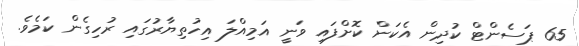
65 ޕަސެންޓް ކުދިން އެކަން ކޮށްފައި ވަނީ އަމިއްލަ އިހުތިޔާރުގައި ރުހިގެން ކަމެވެ.